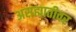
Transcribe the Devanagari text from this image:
असह्मातीवर